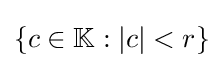
\{c\in \mathbb {K} :|c|<r\}